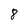
Character: 8